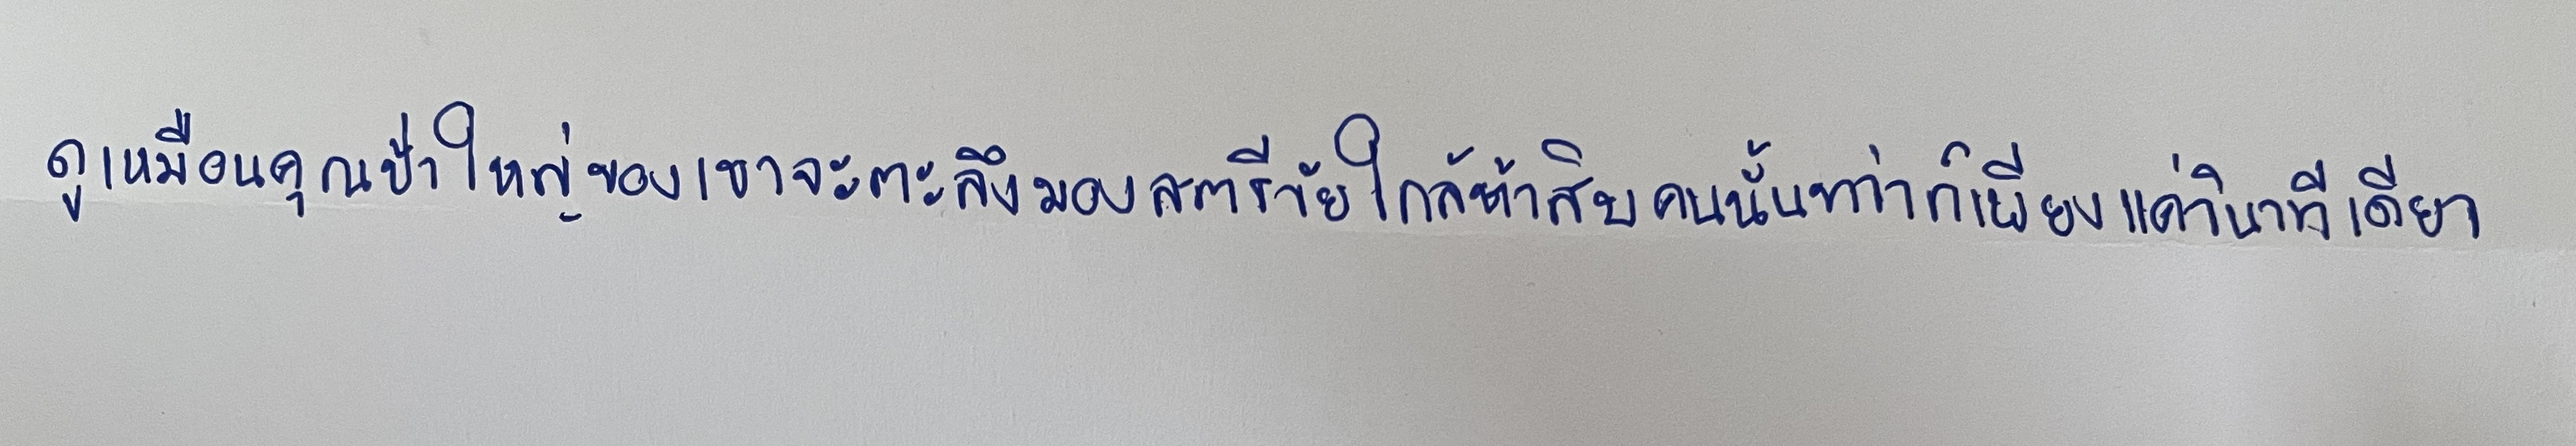
ดูเหมือนคุณป้าใหญ่ของเขาจะตะลึงมองสตรีวัยใกล้ห้าสิบคนนั้นทว่าก็เพียงแค่วินาทีเดียว